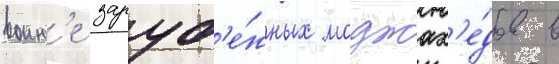
воин'е заруб'е́жных моджах'е́дов в